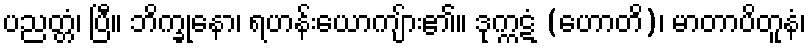
ပညတ္တံ၊ ပြီ။ ဘိက္ခုနော၊ ရဟန်းယောကျ်ား၏။ ဒုက္ကဋံ (ဟောတိ)၊ မာတာပိတူနံ၊